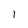
Character: l